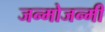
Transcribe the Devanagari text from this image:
जन्मोजन्मी